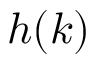
h ( k )